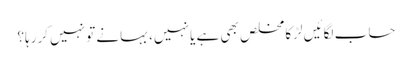
حساب لگائیں لڑکا مخلص بھی ہے یا نہیں، بہانے تو نہیں کررہا؟